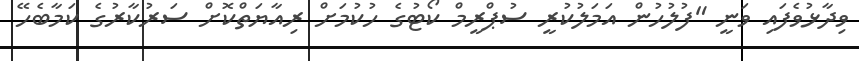
ވިދާޅުވެފައި ވަނީ "ފުލުހުން އަމަލުކުރީ ސުޕްރީމް ކޯޓުގެ ހުކުމަށް ރިއާޔަތްކޮށް ސަރުކާރުގެ ކަމާބެހޭ